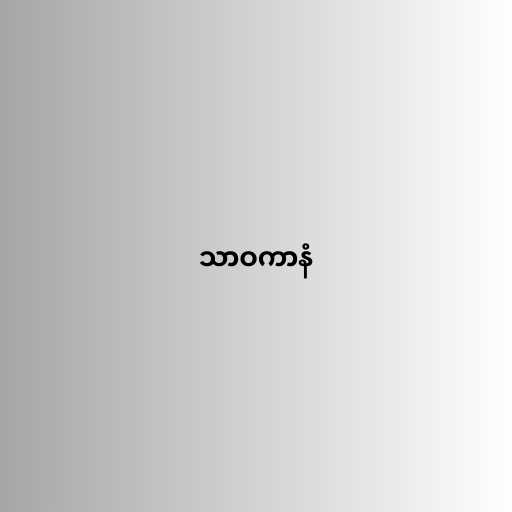
သာဝကာနံ